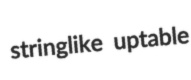
stringlike uptable